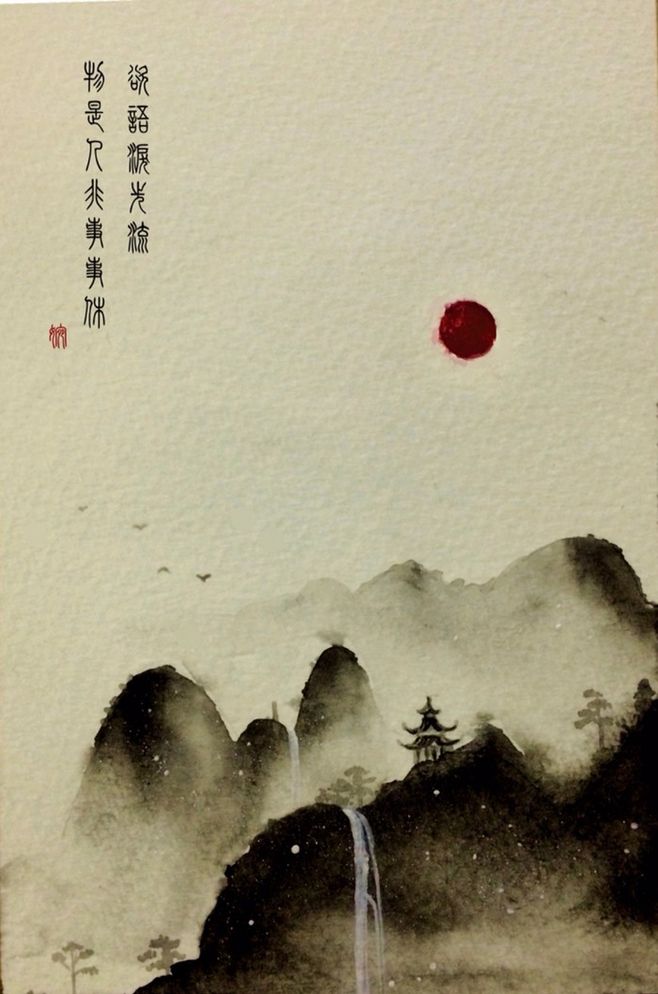
物是人非事事休，欲语泪先流。